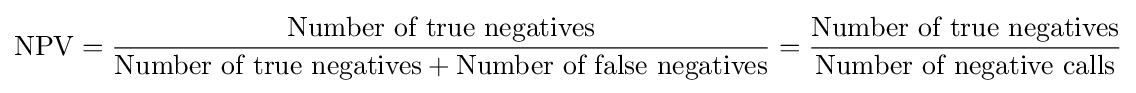
{\text{NPV}}={\frac {\text{Number of true negatives}}{{\text{Number of true negatives}}+{\text{Number of false negatives}}}}={\frac {\text{Number of true negatives}}{\text{Number of negative calls}}}